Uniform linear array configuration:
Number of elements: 12
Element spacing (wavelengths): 0.5
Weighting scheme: cosine
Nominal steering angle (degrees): -30
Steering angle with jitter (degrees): -29.407
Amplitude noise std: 0.05
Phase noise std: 0.05

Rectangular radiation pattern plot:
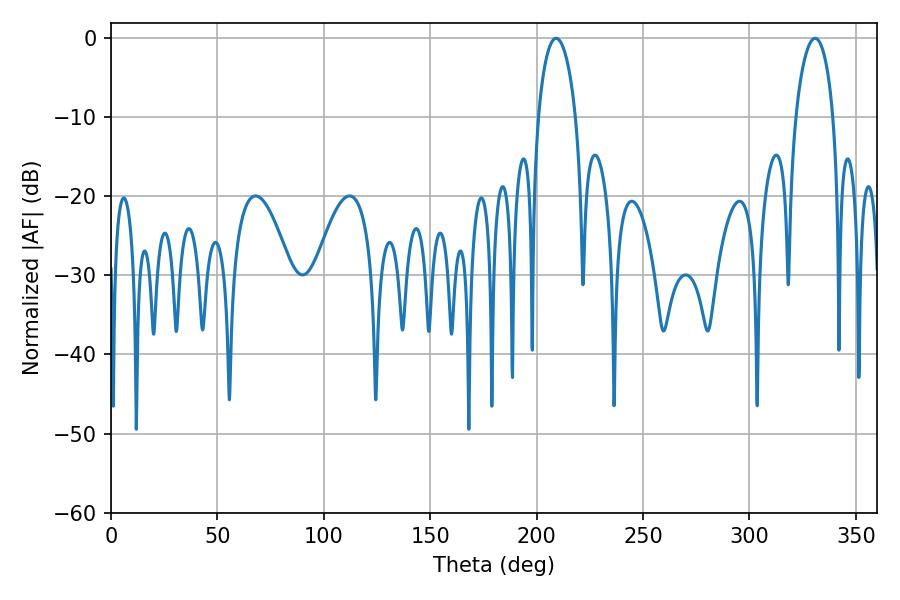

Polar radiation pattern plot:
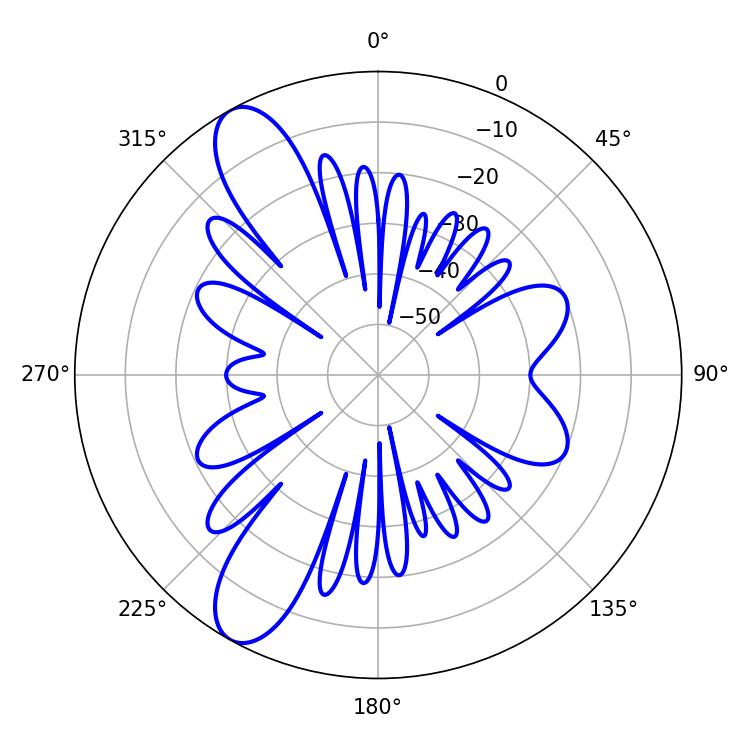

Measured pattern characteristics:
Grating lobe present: FALSE
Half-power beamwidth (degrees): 10.08
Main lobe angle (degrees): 209.16